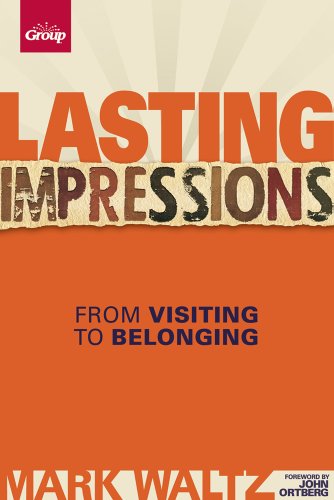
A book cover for Lasting Impressions (Revised): From Visiting to Belonging; Mark L. Waltz; Christian Books & Bibles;